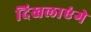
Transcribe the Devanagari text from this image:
दिखलाएंगे